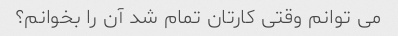
می توانم وقتی کارتان تمام شد آن را بخوانم؟